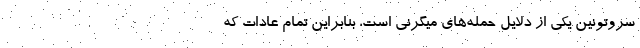
سروتونین یکی از دلایل حمله‌های میگرنی است، بنابراین تمام عادات که